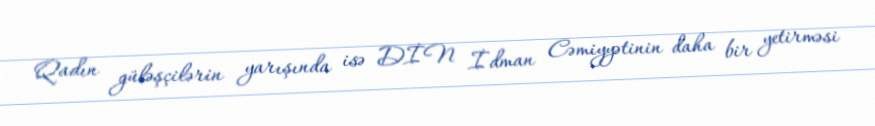
Qadın güləşçilərin yarışında isə DİN İdman Cəmiyyətinin daha bir yetirməsi